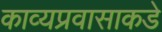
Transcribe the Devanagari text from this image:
काव्यप्रवासाकडे